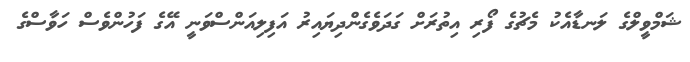
ޝަމްވީލްގެ ލަނޑާއެކު މެޗުގެ ފޯރި އިތުރަށް ގަަދަވެގެންދިޔައިރު އަފިލިއަންސްވަނީ އޭގެ ފަހުންވެސް ހަވާސްގެ